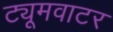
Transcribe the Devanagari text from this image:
ट्यूमवाटर